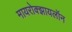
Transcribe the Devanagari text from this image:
मायरोक्झायलॉन